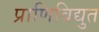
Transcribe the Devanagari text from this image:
प्राणिविद्युत